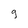
Character: g